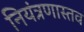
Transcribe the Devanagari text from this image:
नियंत्रणास्तव